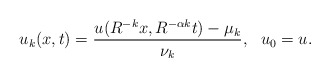
\begin{align*} \begin{aligned} u_k(x,t)=\frac{u(R^{-k}x,R^{-\alpha k}t)-\mu_{k}}{\nu_k}, ~~u_0 = u. \end{aligned} \end{align*}